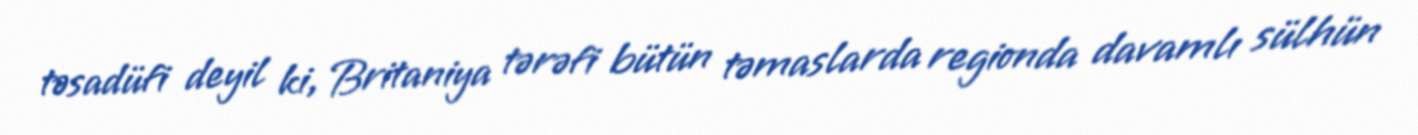
təsadüfi deyil ki, Britaniya tərəfi bütün təmaslarda regionda davamlı sülhün